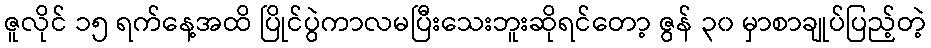
ဇူလိုင် ၁၅ ရက်နေ့အထိ ပြိုင်ပွဲကာလမပြီးသေးဘူးဆိုရင်တော့ ဇွန် ၃၀ မှာစာချုပ်ပြည့်တဲ့